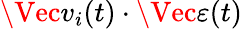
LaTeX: \Vec{v}_{i}(t)\cdot\Vec{\varepsilon}(t)